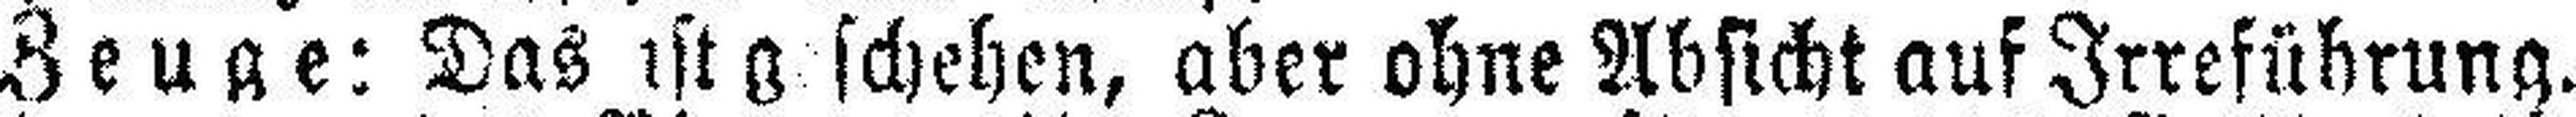
Zeuge: Das ist geschehen, aber ohne Absicht auf Irreführung.